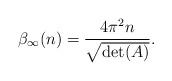
LaTeX: \begin{align*}\beta_{\infty}(n) = \frac{4 \pi^{2} n}{\sqrt{\det(A)}}.\end{align*}